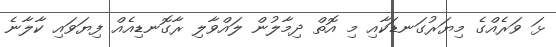
ޅަ ވަރެއްގެ މިޔަރުގަނޑަކާއި މި އޮތް ދިމާލުން ލައްވާލި ރާގޮނޑިއެއް ފިޔަވައި ކާލާނެ